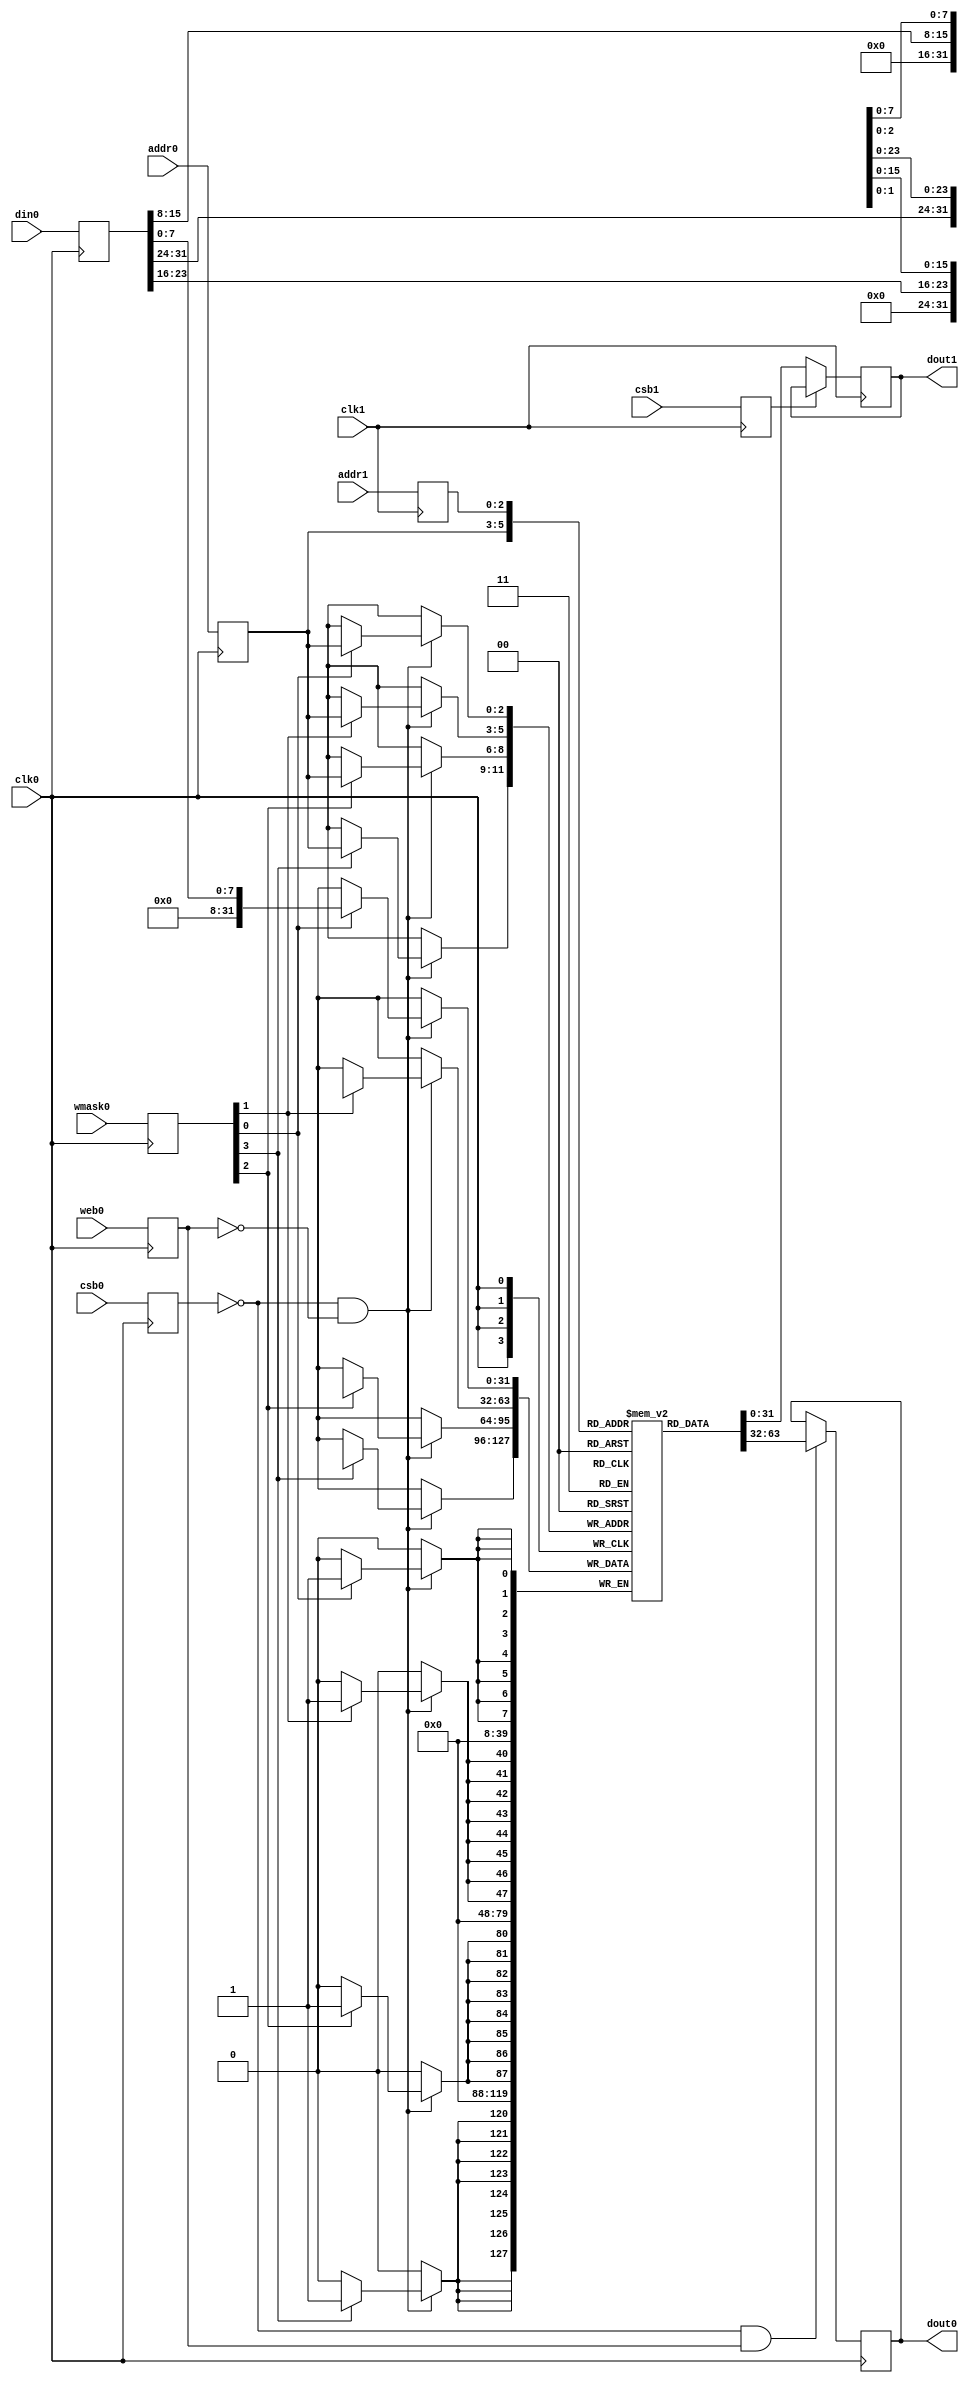
module sram_1rw1r_32_256_8_sky130(
// Port 0: RW
    clk0,csb0,web0,wmask0,addr0,din0,dout0,
// Port 1: R
    clk1,csb1,addr1,dout1
  );

  parameter NUM_WMASKS = 4 ;
  parameter DATA_WIDTH = 32 ;
  parameter ADDR_WIDTH = 3 ;
  parameter RAM_DEPTH = 1 << ADDR_WIDTH;

  input  clk0; // clock
  input   csb0; // active low chip select
  input  web0; // active low write control
  input [NUM_WMASKS-1:0]   wmask0; // write mask
  input [ADDR_WIDTH-1:0]  addr0;
  input [DATA_WIDTH-1:0]  din0;
  output [DATA_WIDTH-1:0] dout0;
  input  clk1; // clock
  input   csb1; // active low chip select
  input [ADDR_WIDTH-1:0]  addr1;
  output [DATA_WIDTH-1:0] dout1;

  reg  csb0_reg;
  reg  web0_reg;
  reg [NUM_WMASKS-1:0]   wmask0_reg;
  reg [ADDR_WIDTH-1:0]  addr0_reg;
  reg [DATA_WIDTH-1:0]  din0_reg;
  reg [DATA_WIDTH-1:0]  dout0;

  // All inputs are registers
  always @(posedge clk0)
  begin
    csb0_reg = csb0;
    web0_reg = web0;
    wmask0_reg = wmask0;
    addr0_reg = addr0;
    din0_reg = din0;
  end

  reg  csb1_reg;
  reg [ADDR_WIDTH-1:0]  addr1_reg;
  reg [DATA_WIDTH-1:0]  dout1;

  // All inputs are registers
  always @(posedge clk1)
  begin
    csb1_reg = csb1;
    addr1_reg = addr1;
  end

reg [DATA_WIDTH-1:0]    mem [0:RAM_DEPTH-1];

  // Memory Write Block Port 0
  // Write Operation : When web0 = 0, csb0 = 0
  always @ (negedge clk0)
  begin : MEM_WRITE0
    if ( !csb0_reg && !web0_reg ) begin
        if (wmask0_reg[0])
                mem[addr0_reg][7:0] = din0_reg[7:0];
        if (wmask0_reg[1])
                mem[addr0_reg][15:8] = din0_reg[15:8];
        if (wmask0_reg[2])
                mem[addr0_reg][23:16] = din0_reg[23:16];
        if (wmask0_reg[3])
                mem[addr0_reg][31:24] = din0_reg[31:24];
    end
  end

  // Memory Read Block Port 0
  // Read Operation : When web0 = 1, csb0 = 0
  always @ (negedge clk0)
  begin : MEM_READ0
    if (!csb0_reg && web0_reg)
       dout0 <=  mem[addr0_reg];
  end

  // Memory Read Block Port 1
  // Read Operation : When web1 = 1, csb1 = 0
  always @ (negedge clk1)
  begin : MEM_READ1
    if (!csb1_reg)
       dout1 <=  mem[addr1_reg];
  end

endmodule